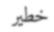
خطير